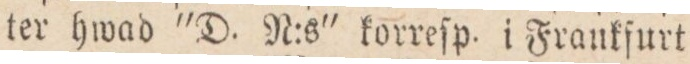
ter hwad ”D. N:s”korreſp. i Frankſurt